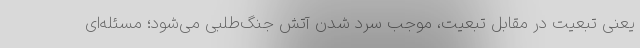
یعنی تبعیت در مقابل تبعیت، موجب سرد شدن آتش جنگ‌طلبی می‌شود؛ مسئله‌ای